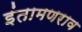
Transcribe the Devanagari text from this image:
इंतामणराव